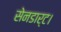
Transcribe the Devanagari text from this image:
सेनडार्ट।